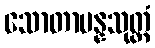
သောတာပန္နသုတ္တံ